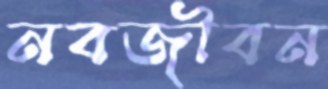
নবজীবন